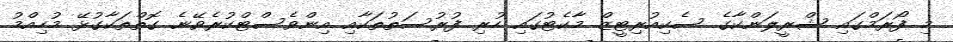
މި ފޯރަމްގައި ޝްރީލަންކާގެ ސެކިއުރިޓީޒް މާކެޓުގައި ހުރި ފުރުސަތުތަކާއި އިންވެސްޓްކުރެވޭނެ ގޮތްތަކާގުޅޭ މުހިއްމު